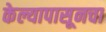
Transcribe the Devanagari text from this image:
केल्यापासूनचा